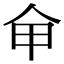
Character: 𠇚